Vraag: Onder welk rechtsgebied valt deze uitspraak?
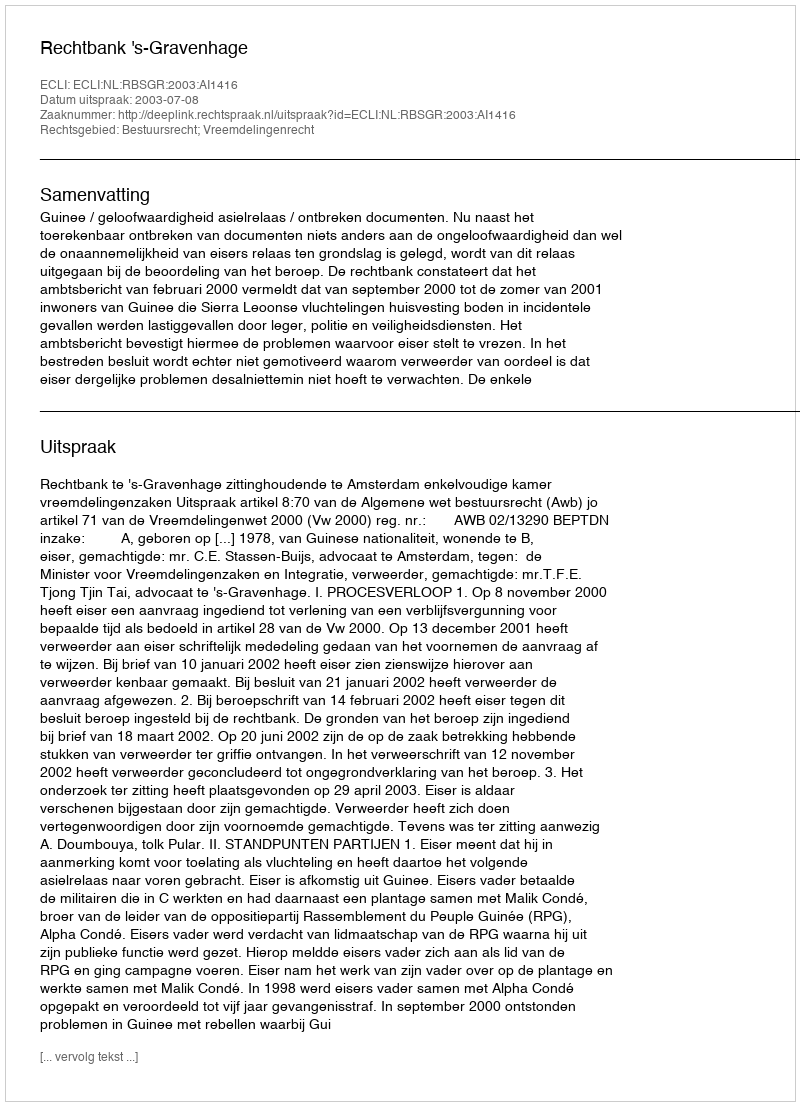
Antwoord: Bestuursrecht; Vreemdelingenrecht